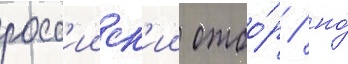
росс'ииск'ии отбо́р / но́